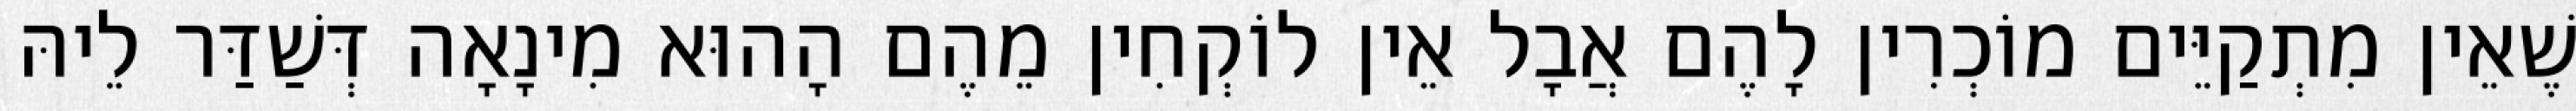
שֶׁאֵין מִתְקַיֵּים מוֹכְרִין לָהֶם אֲבָל אֵין לוֹקְחִין מֵהֶם הָהוּא מִינָאָה דְּשַׁדַּר לֵיהּ